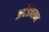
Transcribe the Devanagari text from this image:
अधेडवस्था